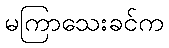
မကြာသေးခင်က